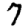
Digit: 7